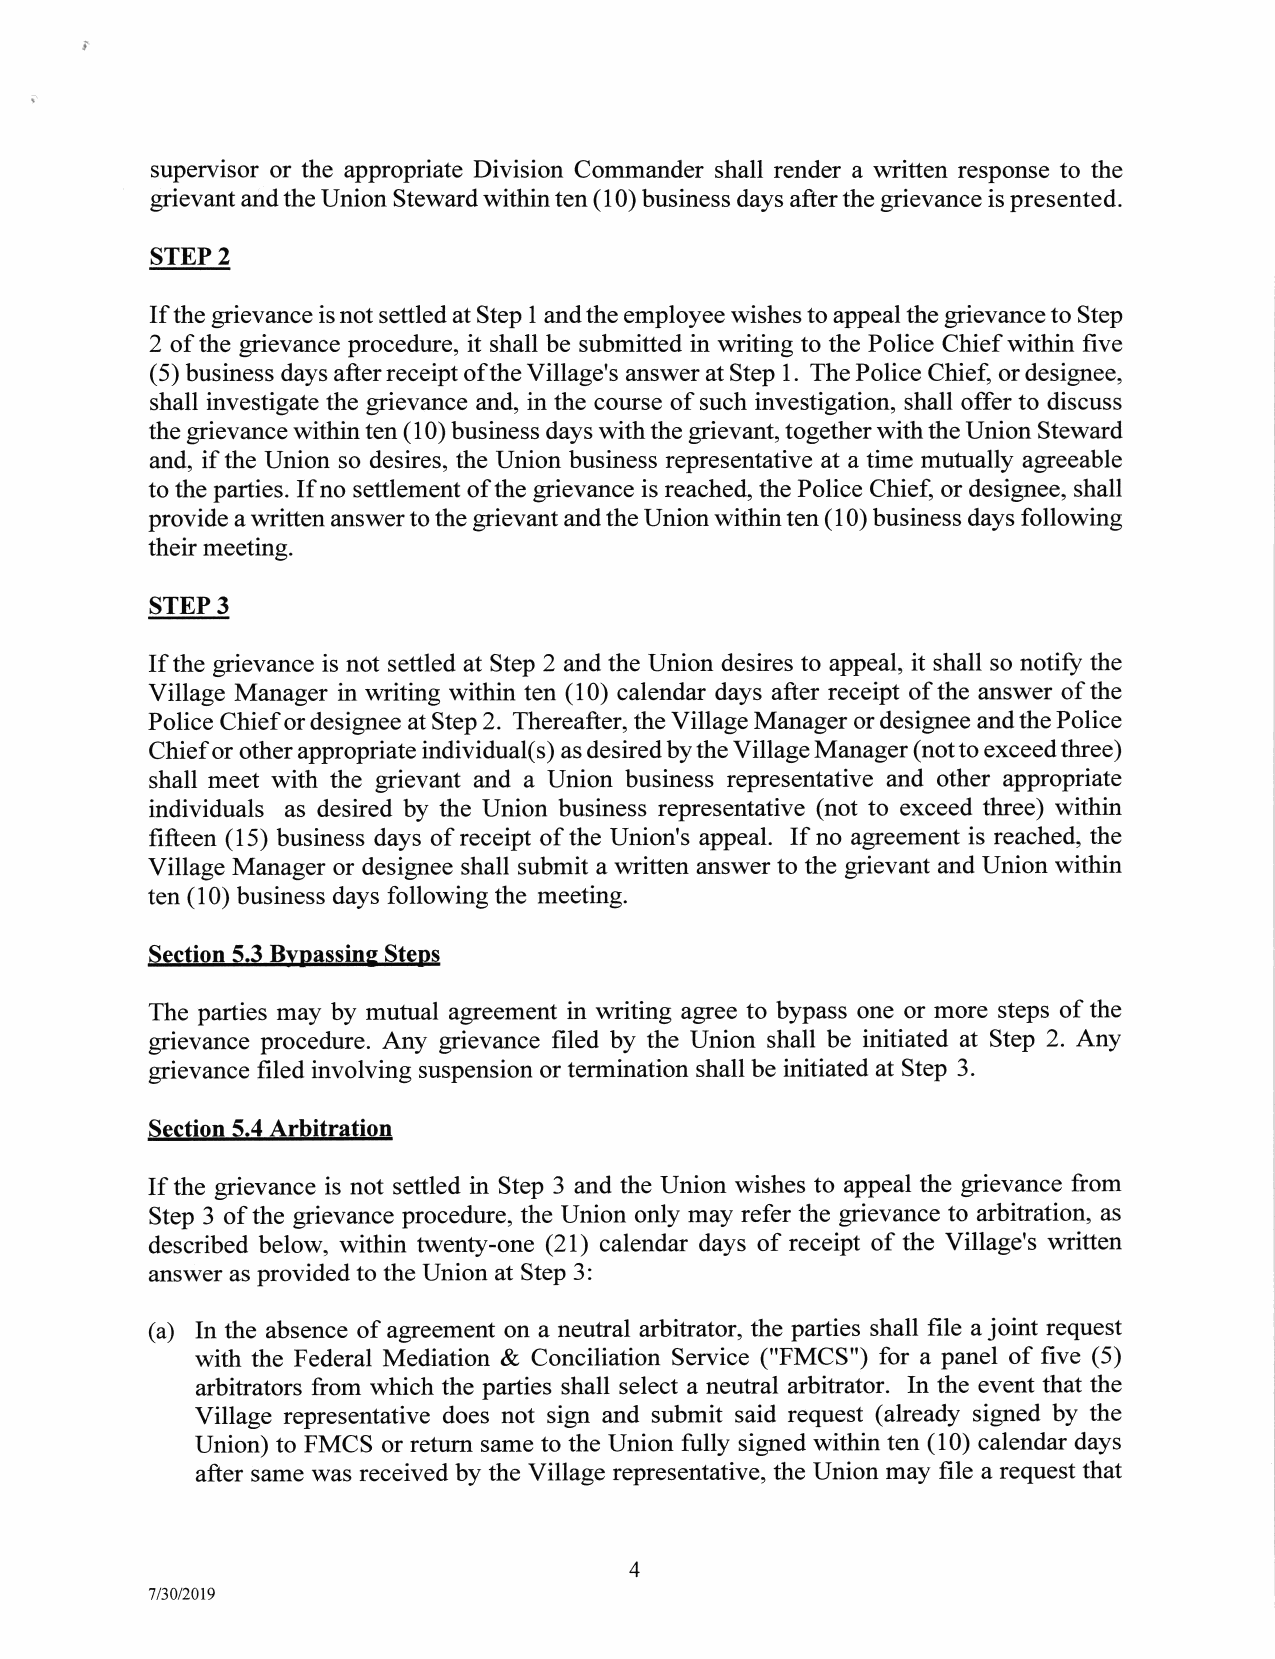
supervisor or the appropriate Division Commander shall render a written response to the
 grievant and the Union Steward within ten (10) business days after the grievance is presented.
 STEP 2
 If the grievance is not settled at Step 1 andthe employee wishes to appeal the grievance to Step
 2 of the grievance procedure, it shall be submitted in writing to the Police Chief within five
 (5) business days after receipt ofthe Village's answer at Step 1. The Police Chief, or designee,
 shall investigate the grievance and, in the course of such investigation, shall offer to discuss
 the grievance within ten (10) business days with the grievant, together with the Union Steward
 and, if the Union so desires, the Union business representative at a time mutually agreeable
 to the parties. If no settlement of the grievance is reached, the Police Chief, or designee, shall
 provide a written answer to the grievant and the Union within ten ( 10) business days following
 their meeting.
 STEP 3
 If the grievance is not settled at Step 2 and the Union desires to appeal, it shall so notiff the
 Village Manager in writing within ten (10) calendar days after receipt of the answer of the
 Police Chief ordesignee at Step 2. Thereafter, the Village Manager ordesignee andthe Police
 Chief or other appropriate individual(s) as desired by the Village Manager (not to exceed three)
 shall meet with the grievant and a Union business representative and other appropriate
 individuals as desired by the Union business representative (not to exceed three) within
 fifteen (15) business days of receipt of the Union's appeal. If no agreement is reached, the
 Village Manager or designee shall submit a written answer to the grievant and Union within
 ten (10) business days following the meeting.
 Section 5.3 Byoassins Steps
 The parties may by mutual agreement in writing agree to bypass one or more steps of the
 grievance procedure. Any grievance filed by the Union shall be initiated at Step 2. Any
 grievance filed involving suspension or termination shall be initiated at Step 3.
 Section 5.4 Arbitration
 If the grievance is not settled in Step 3 and the Union wishes to appeal the grievance from
 Step 3 of the grievance procedure, the Union only may refer the grievance to arbitration, as
 described below, within twenty-one (21) calendar days of receipt of the Village's written
 answer as provided to the Union at Step 3:
 (a) In the absence of agreement on a neutral arbitrator, the parties shall file a joint request
 with the Federal Mediation & Conciliation Service ("FMCS") for a panel of five (5)
 arbitrators from which the parties shall select a neutral arbitrator. In the event that the
 Village representative does not sign and submit said request (already signed by the
 Union) to FMCS or return same to the Union fully signed within ten (10) calendar days
 after same was received by the Village representative, the Union may file a request that
 4
 7/30/2019